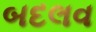
બદલવ